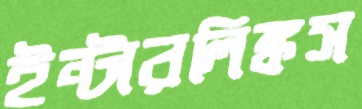
ইন্টারলিঙ্কস